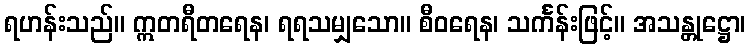
ရဟန်းသည်။ ဣတရီတရေန၊ ရရသမျှသော။ စီဝရေန၊ သင်္ကန်းဖြင့်။ အသန္တုဋ္ဌော၊